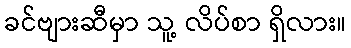
ခင်ဗျားဆီမှာ သူ့ လိပ်စာ ရှိလား။